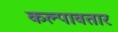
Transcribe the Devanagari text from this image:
कल्पावतार